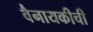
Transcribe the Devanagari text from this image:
वैनायकीची